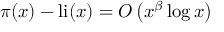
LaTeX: \pi ( x ) - \operatorname { l i } ( x ) = O \left( x ^ { \beta } \log x \right)